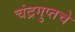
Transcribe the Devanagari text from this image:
चंद्रगुप्तचे